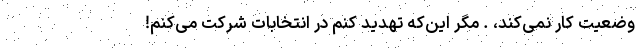
وضعیت کار نمی‌کند، . مگر این‌که تهدید کنم در انتخابات شرکت می‌کنم!